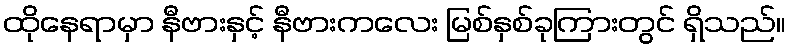
ထိုနေရာမှာ နီဗားနှင့် နီဗားကလေး မြစ်နှစ်ခုကြားတွင် ရှိသည်။